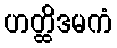
ဟတ္ထိဒမကံ